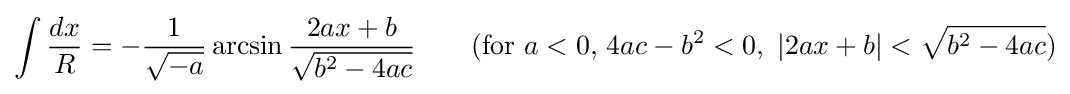
\int {\frac {dx}{R}}=-{\frac {1}{\sqrt {-a}}}\arcsin {\frac {2ax+b}{\sqrt {b^{2}-4ac}}}\qquad {\mbox{(for }}a<0{\mbox{, }}4ac-b^{2}<0{\mbox{, }}\left|2ax+b\right|<{\sqrt {b^{2}-4ac}}{\mbox{)}}